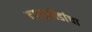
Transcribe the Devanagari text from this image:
दगडधोंडांचा